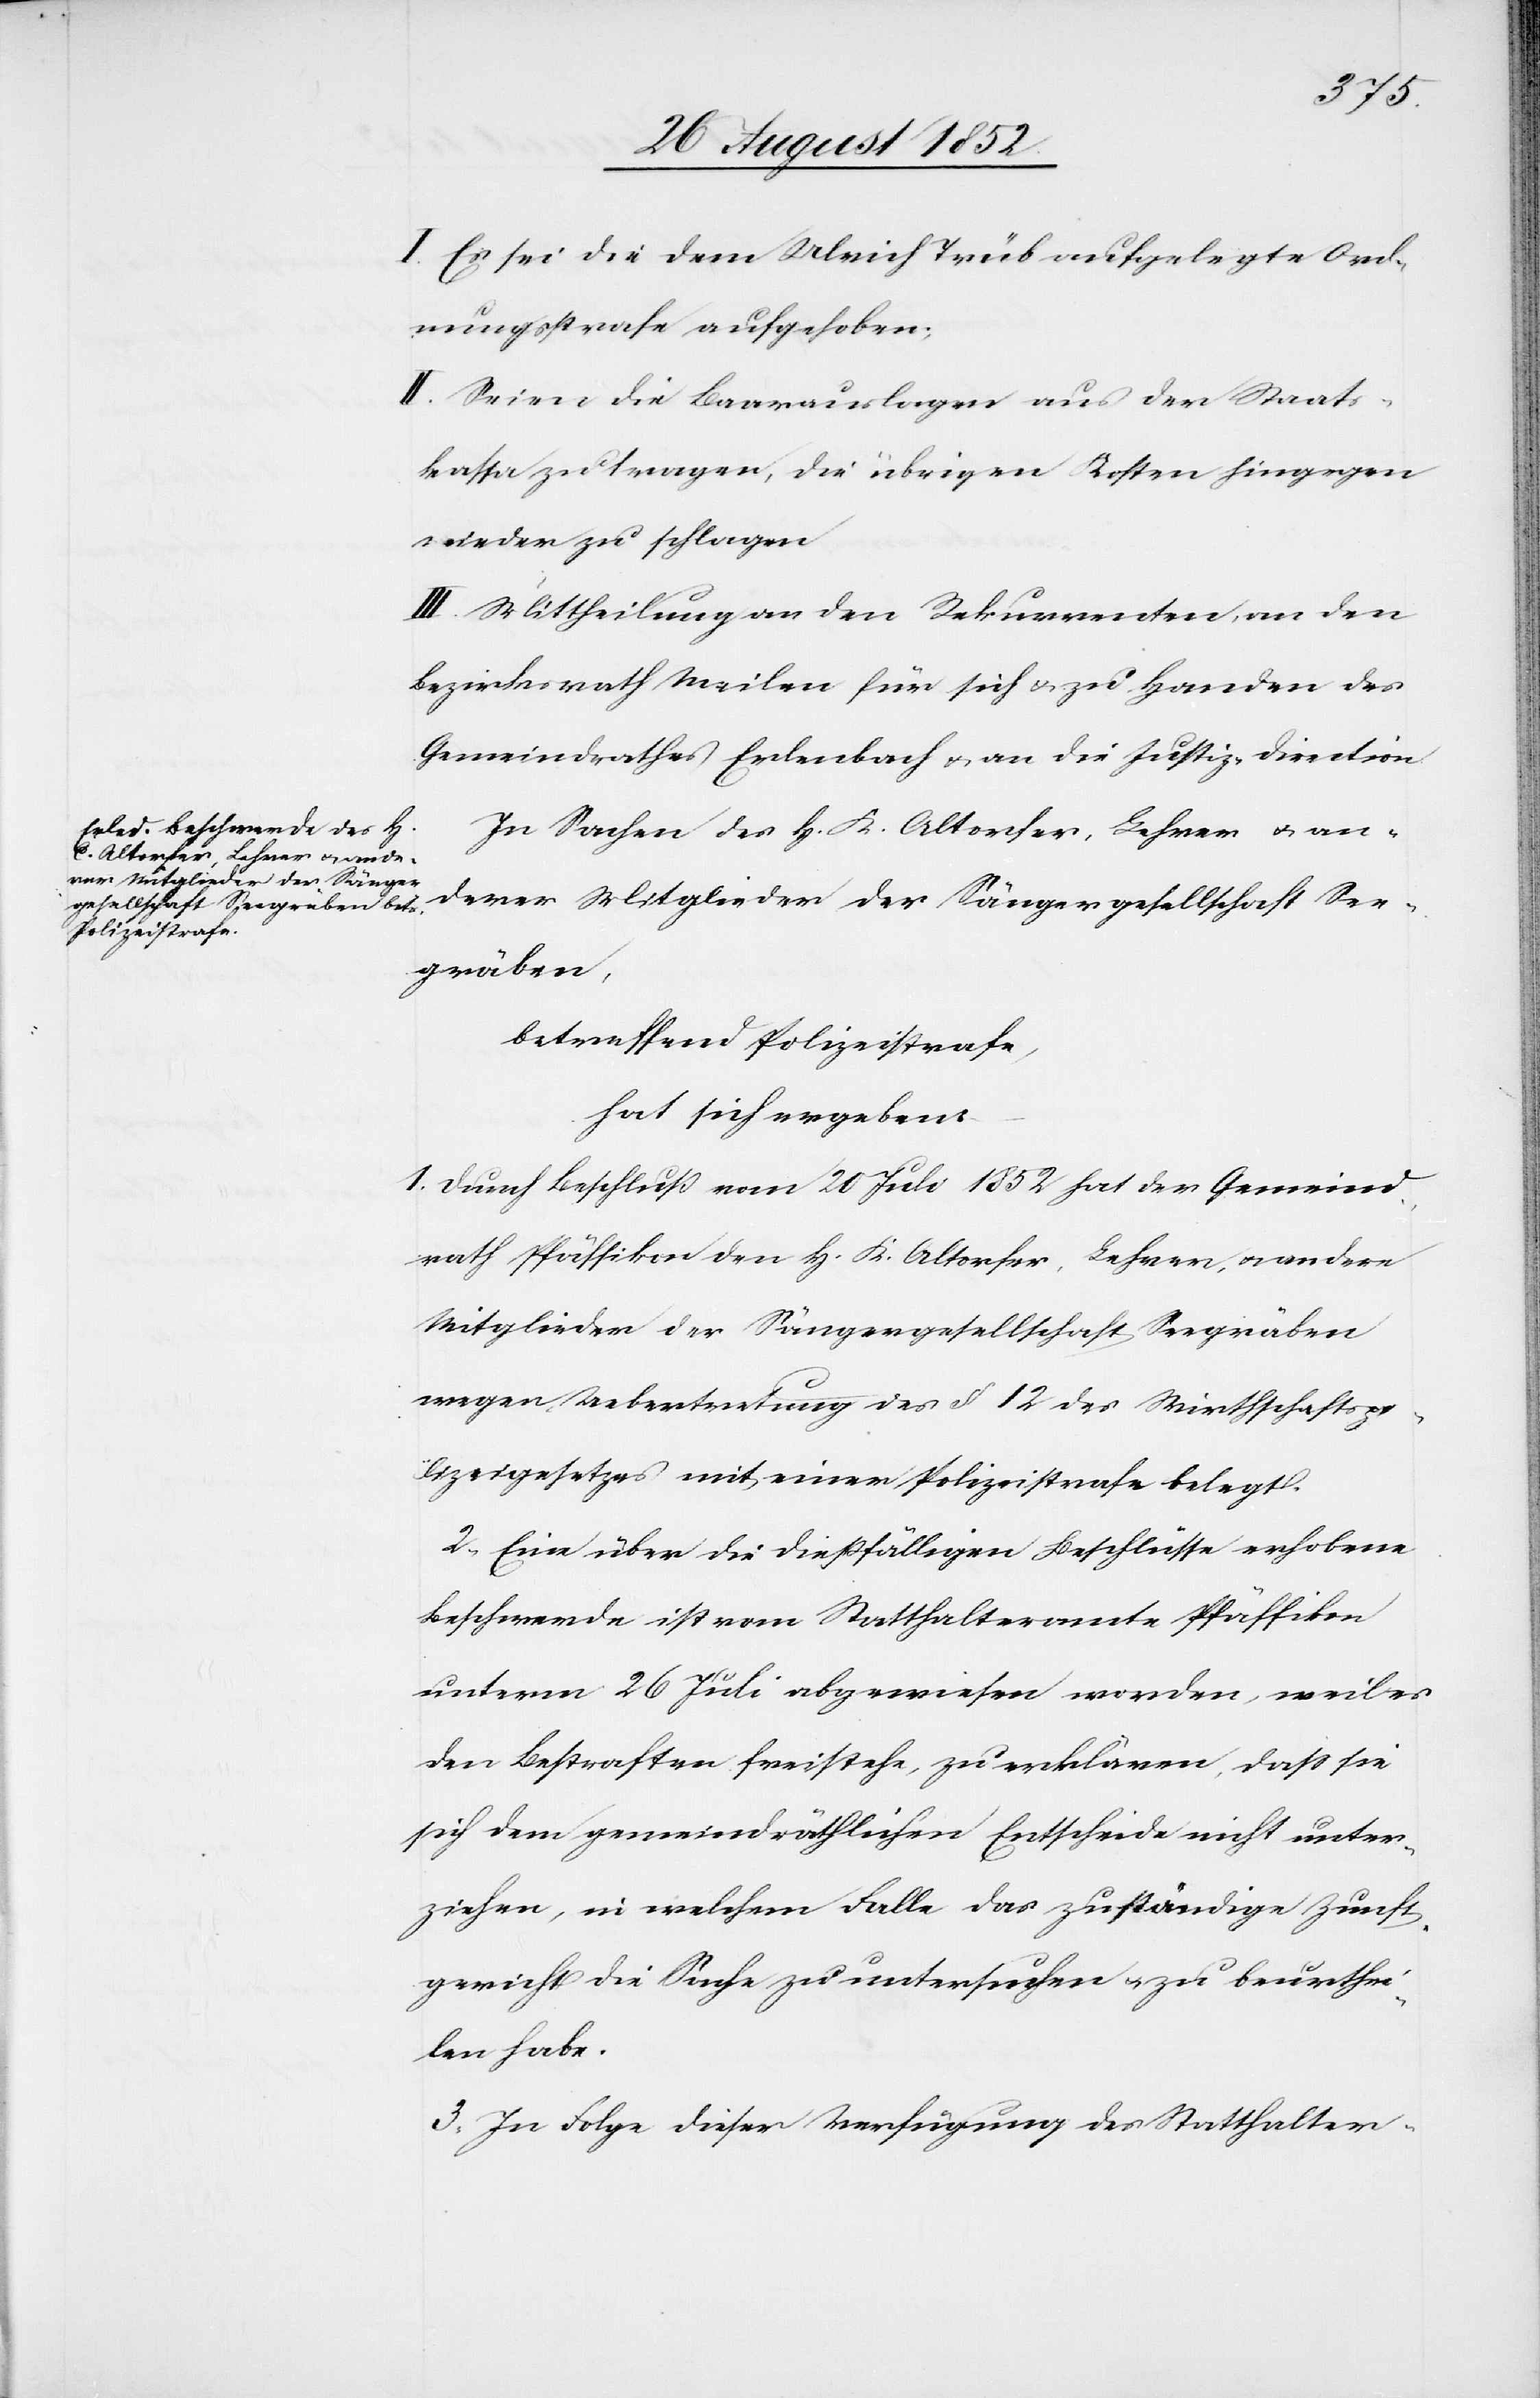
I. Es sei die dem Ulrich Trüb aufgelegte Ord¬
nungsstrafe aufgehoben;
II. Seien die Baarauslagen aus der Staats¬
kassa zu tragen, die übrigen Kosten hingegen
nieder zu schlagen
III. Mittheilung an den Rekurrenten, an den
Bezirksrath Meilen für sich & zu Handen des
Gemeindrathes Erlenbach & an die Justiz-Direction.
In Sachen des H. K. [sic!] Altorfer, Lehrer & an¬
derer Mitglieder der Sängergesellschaft See¬
gräben,
betreffend Polizeistrafe,
hat sich ergeben:
1. Durch Beschluß vom 20 Juli 1852 hat der Gemeind¬
rath Pfäffikon den H. K. Altorfer, Lehrer, & andere
Mitglieder der Sängergesellschaft Seegräben
wegen Uebertretung des § 12 des Wirthschaftspo¬
lizeigesetzes mit einer Polizeistrafe belegt.
2, Eine über die dießfälligen Beschlüsse erhobene
Beschwerde ist vom Statthalteramte Pfäffikon
unterm 26 Juli abgewiesen worden, weil es
den Bestraften freistehe, zu erklären, dass sie
sich dem gemeindräthlichen Entscheide nicht unter¬
ziehen, in welchem Falle das zuständige Zunft¬
gericht die Sache zu untersuchen & zu beurthei¬
len habe.
3, In Folge dieser Verfügung des Statthalter-